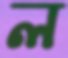
ল